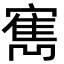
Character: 寯